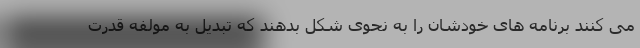
می کنند برنامه های خودشان را به نحوی شکل بدهند که تبدیل به مولفه قدرت